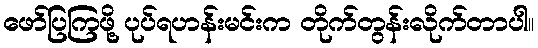
ဖော်ပြကြဖို့ ပုပ်ရဟန်းမင်းက တိုက်တွန်းလိုက်တာပါ။